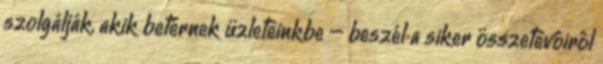
szolgálják, akik betérnek üzleteinkbe – beszél a siker összetevôirôl